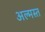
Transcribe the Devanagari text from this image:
अल्मस्त